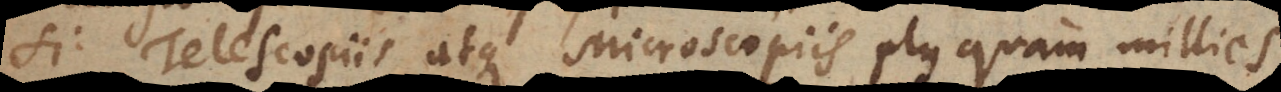
Si Telescopiis atque Microscopiis plus quam millies